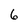
Character: 6